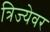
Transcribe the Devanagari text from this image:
त्रिज्येवर